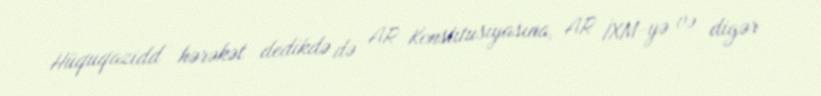
Hüquqazidd hərəkət dedikdə də AR Konstitusiyasına, AR İXM-yə və digər